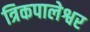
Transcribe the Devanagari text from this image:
त्रिकपालेश्वर